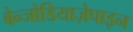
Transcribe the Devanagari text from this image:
बेन्जोडियाज़ेपाइन